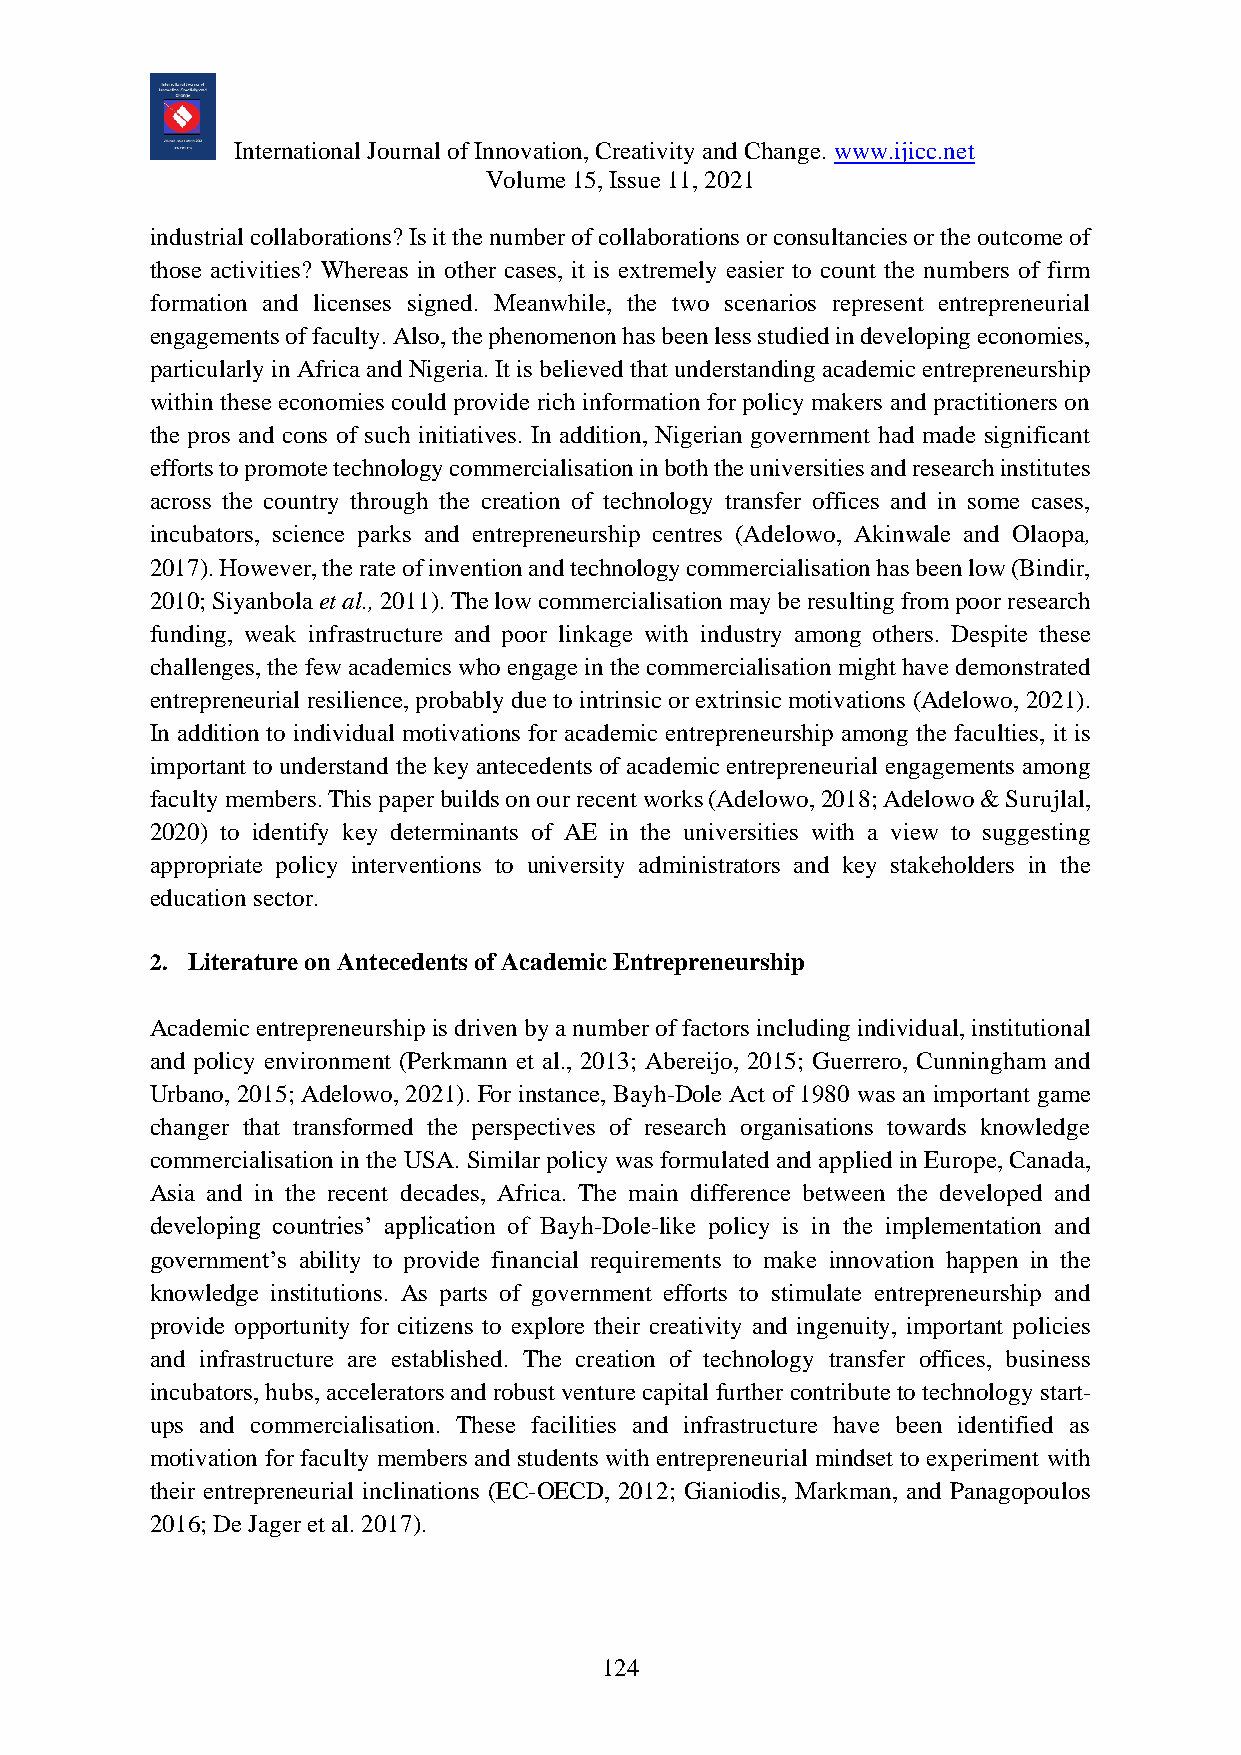
International Journal of Innovation, Creativity and Change. www.ijicc.net
 Volume 15, Issue 11, 2021
 industrial collaborations? Is it the number of collaborations or consultancies or the outcome of
 those activities? Whereas in other cases, it is extremely easier to count the numbers of firm
 formation and licenses signed. Meanwhile, the two scenarios represent entrepreneurial
 engagements of faculty. Also, the phenomenon has been less studied in developing economies,
 particularly in Africa and Nigeria. It is believed that understanding academic entrepreneurship
 within these economies could provide rich information for policy makers and practitioners on
 the pros and cons of such initiatives. In addition, Nigerian government had made significant
 efforts to promote technology commercialisation in both the universities and research institutes
 across the country through the creation of technology transfer offices and in some cases,
 incubators, science parks and entrepreneurship centres (Adelowo, Akinwale and Olaopa,
 2017). However, the rate of invention and technology commercialisation has been low (Bindir,
 2010; Siyanbola et al., 2011). The low commercialisation may be resulting from poor research
 funding, weak infrastructure and poor linkage with industry among others. Despite these
 challenges, the few academics who engage in the commercialisation might have demonstrated
 entrepreneurial resilience, probably due to intrinsic or extrinsic motivations (Adelowo, 2021).
 In addition to individual motivations for academic entrepreneurship among the faculties, it is
 important to understand the key antecedents of academic entrepreneurial engagements among
 faculty members. This paper builds on our recent works (Adelowo, 2018; Adelowo & Surujlal,
 2020) to identify key determinants of AE in the universities with a view to suggesting
 appropriate policy interventions to university administrators and key stakeholders in the
 education sector.
 2. Literature on Antecedents of Academic Entrepreneurship
 Academic entrepreneurship is driven by a number of factors including individual, institutional
 and policy environment (Perkmann et al., 2013; Abereijo, 2015; Guerrero, Cunningham and
 Urbano, 2015; Adelowo, 2021). For instance, Bayh-Dole Act of 1980 was an important game
 changer that transformed the perspectives of research organisations towards knowledge
 commercialisation in the USA. Similar policy was formulated and applied in Europe, Canada,
 Asia and in the recent decades, Africa. The main difference between the developed and
 developing countries’ application of Bayh-Dole-like policy is in the implementation and
 government’s ability to provide financial requirements to make innovation happen in the
 knowledge institutions. As parts of government efforts to stimulate entrepreneurship and
 provide opportunity for citizens to explore their creativity and ingenuity, important policies
 and infrastructure are established. The creation of technology transfer offices, business
 incubators, hubs, accelerators and robust venture capital further contribute to technology start-
 ups and commercialisation. These facilities and infrastructure have been identified as
 motivation for faculty members and students with entrepreneurial mindset to experiment with
 their entrepreneurial inclinations (EC-OECD, 2012; Gianiodis, Markman, and Panagopoulos
 2016; De Jager et al. 2017).
 124